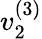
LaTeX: v_{2}^{(3)}